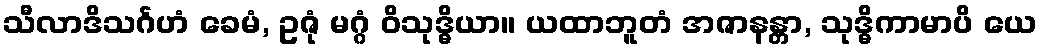
သီလာဒိသင်္ဂဟံ ခေမံ, ဥဇုံ မဂ္ဂံ ဝိသုဒ္ဓိယာ။ ယထာဘူတံ အဇာနန္တာ, သုဒ္ဓိကာမာပိ ယေ